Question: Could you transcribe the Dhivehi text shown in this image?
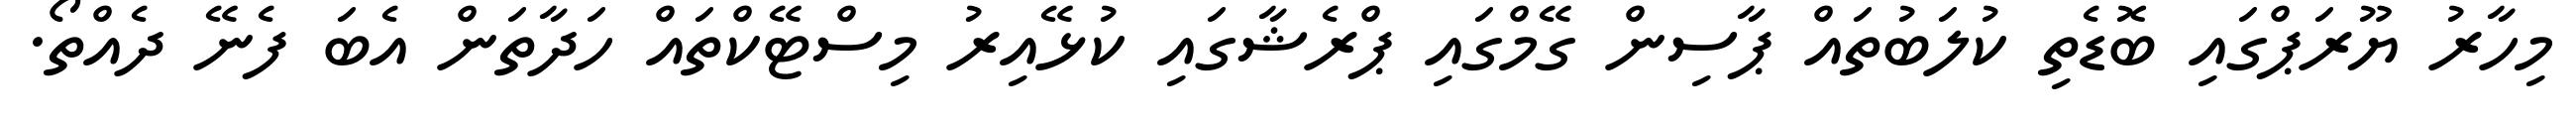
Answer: މިހާރު ޔޫރަޕްގައި ބޮޑެތި ކުލަބުތައް ޕާސިން ގޭމްގައި ޕްރެޝާގައި ކުޅޭއިރު މިސްޓޭކްތައް ހަދާތަން އެބަ ފެނޭ ދެއްތޯ.